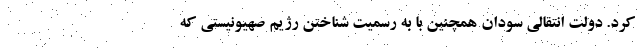
کرد. دولت انتقالی سودان همچنین با به رسمیت شناختن رژیم صهیونیستی که